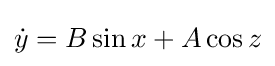
{\dot {y}}=B\sin x+A\cos z